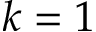
k = 1